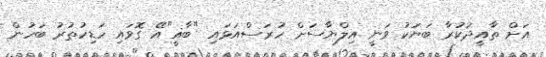
އަށް ތާއީދުކުރާ ބަޔަކު ވަނީ އިލްޔާސަށް ހުރަސްއަޅައި "ބާޣީ"އޭ ގޮވައި ހަޑިހުތުރު ބަހުން